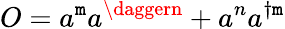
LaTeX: O=a^{\mathtt{m}}a^{\daggern}+a^{n}a^{\dagger\mathtt{m}}